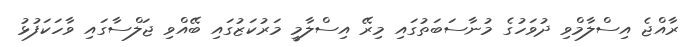
ރާއްޖެ އިސްލާމްވި ދުވަހުގެ މުނާސަބަތުގައި މިރޭ އިސްލާމީ މަރުކަޒުގައި ބޭއްވި ޖަލްސާގައި ވާހަކަފުޅު